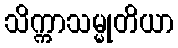
သိက္ကာသမ္မုတိယာ